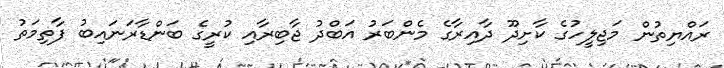
ރައްޔިތުން މަޖިލީހުގެ ކާށިދޫ ދާއިރާގެ މެންބަރު އަބްދު ޖާބިރާއި ކުރީގެ ބަންޑާރަނައިބު ފާތިމަތު